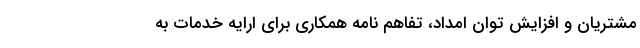
مشتریان و افزایش توان امداد، تفاهم نامه همکاری برای ارايه خدمات به